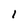
Character: 1